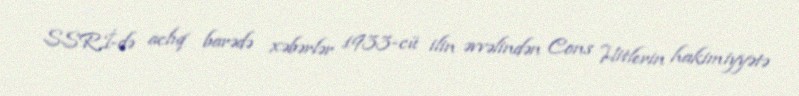
SSRİ-də aclıq barədə xəbərlər 1933-cü ilin əvvəlindən Cons Hitlerin hakimiyyətə